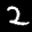
Label: 2